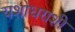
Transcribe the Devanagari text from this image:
यशोधराशी